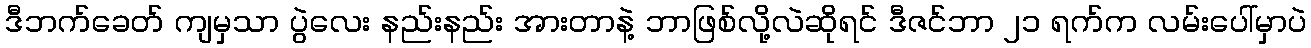
ဒီဘက်ခေတ် ကျမှသာ ပွဲလေး နည်းနည်း အားတာနဲ့ ဘာဖြစ်လို့လဲဆိုရင် ဒီဇင်ဘာ ၂၁ ရက်က လမ်းပေါ်မှာပဲ